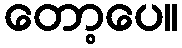
တော့ပေ။